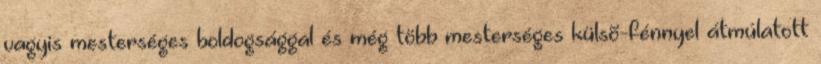
vagyis mesterséges boldogsággal és még több mesterséges külsõ-fénnyel átmúlatott